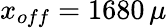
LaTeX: x_{off}=1680\, \mu